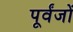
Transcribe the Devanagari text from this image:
पूर्वंजों